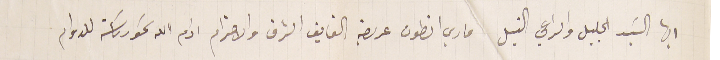
ايها السَيد الجليل والراعي النبيل ماري انطون عريضة الفايق الشرف والاحترام ادام الله سَمو رىاسَته للدوام